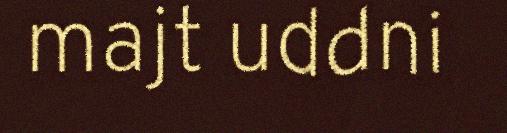
majt uddni